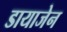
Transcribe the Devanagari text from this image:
डायाजेन